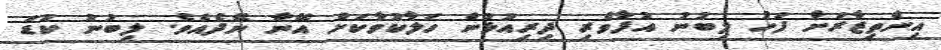
އިންތިޒާރަށް ފަހު ލިބުނު އުފާވެރި ދިރިއުޅުން ހަލާކުވާކަށް އޭނާ ނޭދެއެވެ. ލިބުނު ކުޑަ